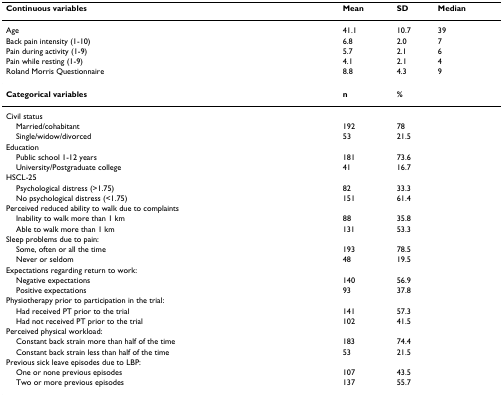
<table><thead><tr><td><b>Continuous variables</b></td><td><b>Mean</b></td><td><b>SD</b></td><td><b>Median</b></td></tr></thead><tbody><tr><td>Age</td><td>41.1</td><td>10.7</td><td>39</td></tr><tr><td>Back pain intensity (1-10)</td><td>6.8</td><td>2.0</td><td>7</td></tr><tr><td>Pain during activity (1-9)</td><td>5.7</td><td>2.1</td><td>6</td></tr><tr><td>Pain while resting (1-9)</td><td>4.1</td><td>2.1</td><td>4</td></tr><tr><td>Roland Morris Questionnaire</td><td>8.8</td><td>4.3</td><td>9</td></tr><tr><td><b>Categorical variables</b></td><td><b>n</b></td><td><b>%</b></td><td></td></tr><tr><td>Civil status</td><td></td><td></td><td></td></tr><tr><td> Married/cohabitant</td><td>192</td><td>78</td><td></td></tr><tr><td> Single/widow/divorced</td><td>53</td><td>21.5</td><td></td></tr><tr><td>Education</td><td></td><td></td><td></td></tr><tr><td> Public school 1-12 years</td><td>181</td><td>73.6</td><td></td></tr><tr><td> University/Postgraduate college</td><td>41</td><td>16.7</td><td></td></tr><tr><td>HSCL-25</td><td></td><td></td><td></td></tr><tr><td> Psychological distress (&gt;1.75)</td><td>82</td><td>33.3</td><td></td></tr><tr><td> No psychological distress (&lt;1.75)</td><td>151</td><td>61.4</td><td></td></tr><tr><td>Perceived reduced ability to walk due to complaints</td><td></td><td></td><td></td></tr><tr><td> Inability to walk more than 1 km</td><td>88</td><td>35.8</td><td></td></tr><tr><td> Able to walk more than 1 km</td><td>131</td><td>53.3</td><td></td></tr><tr><td>Sleep problems due to pain:</td><td></td><td></td><td></td></tr><tr><td> Some, often or all the time</td><td>193</td><td>78.5</td><td></td></tr><tr><td> Never or seldom</td><td>48</td><td>19.5</td><td></td></tr><tr><td>Expectations regarding return to work:</td><td></td><td></td><td></td></tr><tr><td> Negative expectations</td><td>140</td><td>56.9</td><td></td></tr><tr><td> Positive expectations</td><td>93</td><td>37.8</td><td></td></tr><tr><td>Physiotherapy prior to participation in the trial:</td><td></td><td></td><td></td></tr><tr><td> Had received PT prior to the trial</td><td>141</td><td>57.3</td><td></td></tr><tr><td> Had not received PT prior to the trial</td><td>102</td><td>41.5</td><td></td></tr><tr><td>Perceived physical workload:</td><td></td><td></td><td></td></tr><tr><td> Constant back strain more than half of the time</td><td>183</td><td>74.4</td><td></td></tr><tr><td> Constant back strain less than half of the time</td><td>53</td><td>21.5</td><td></td></tr><tr><td>Previous sick leave episodes due to LBP:</td><td></td><td></td><td></td></tr><tr><td> One or none previous episodes</td><td>107</td><td>43.5</td><td></td></tr><tr><td> Two or more previous episodes</td><td>137</td><td>55.7</td><td></td></tr></tbody></table>